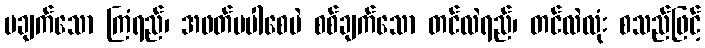
မချက်သော ကြံရည်၊ အဖတ်မပါစေပဲ စစ်ချက်သော တင်လဲရည်၊ တင်လဲလုံး စသည်ဖြင့်